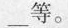
___ 等。